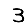
Digit: 3